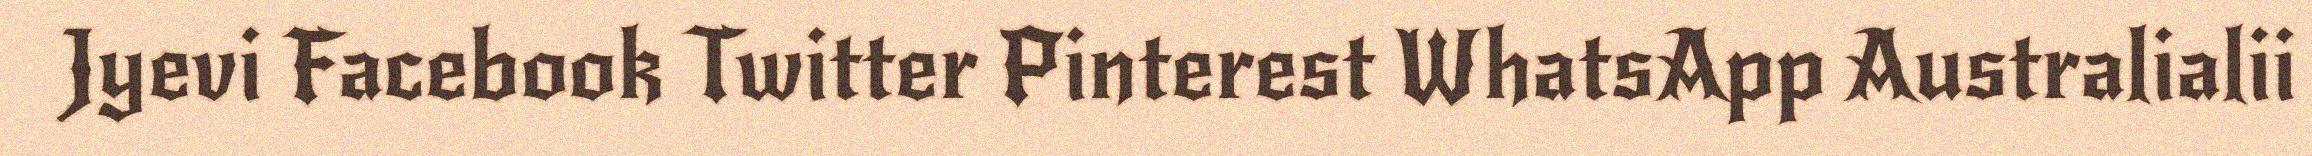
Jyevi Facebook Twitter Pinterest WhatsApp Australialii